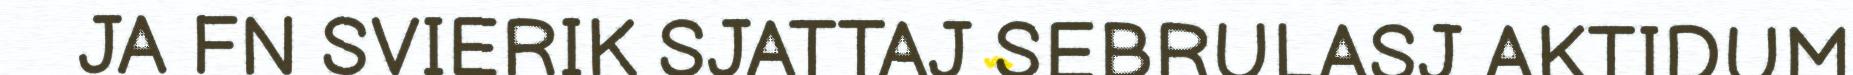
JA FN SVIERIK SJATTAJ SEBRULASJ AKTIDUM